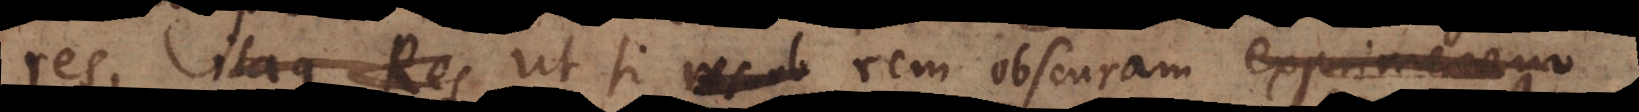
es, itaque Res ut si rem obscuram exprimerem